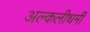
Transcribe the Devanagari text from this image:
अल्कलीधर्मी